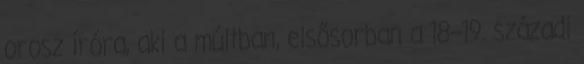
orosz íróra, aki a múltban, elsősorban a 18–19. századi